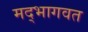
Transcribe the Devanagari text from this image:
मद्भागवत